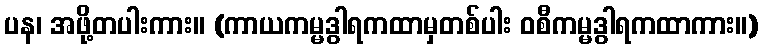
ပန၊ အဖို့တပါးကား။ (ကာယကမ္မဒွါရကထာမှတစ်ပါး ဝစီကမ္မဒွါရကထာကား။)